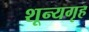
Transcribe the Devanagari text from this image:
शून्यगृह